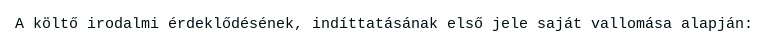
A költő irodalmi érdeklődésének, indíttatásának első jele saját vallomása alapján: